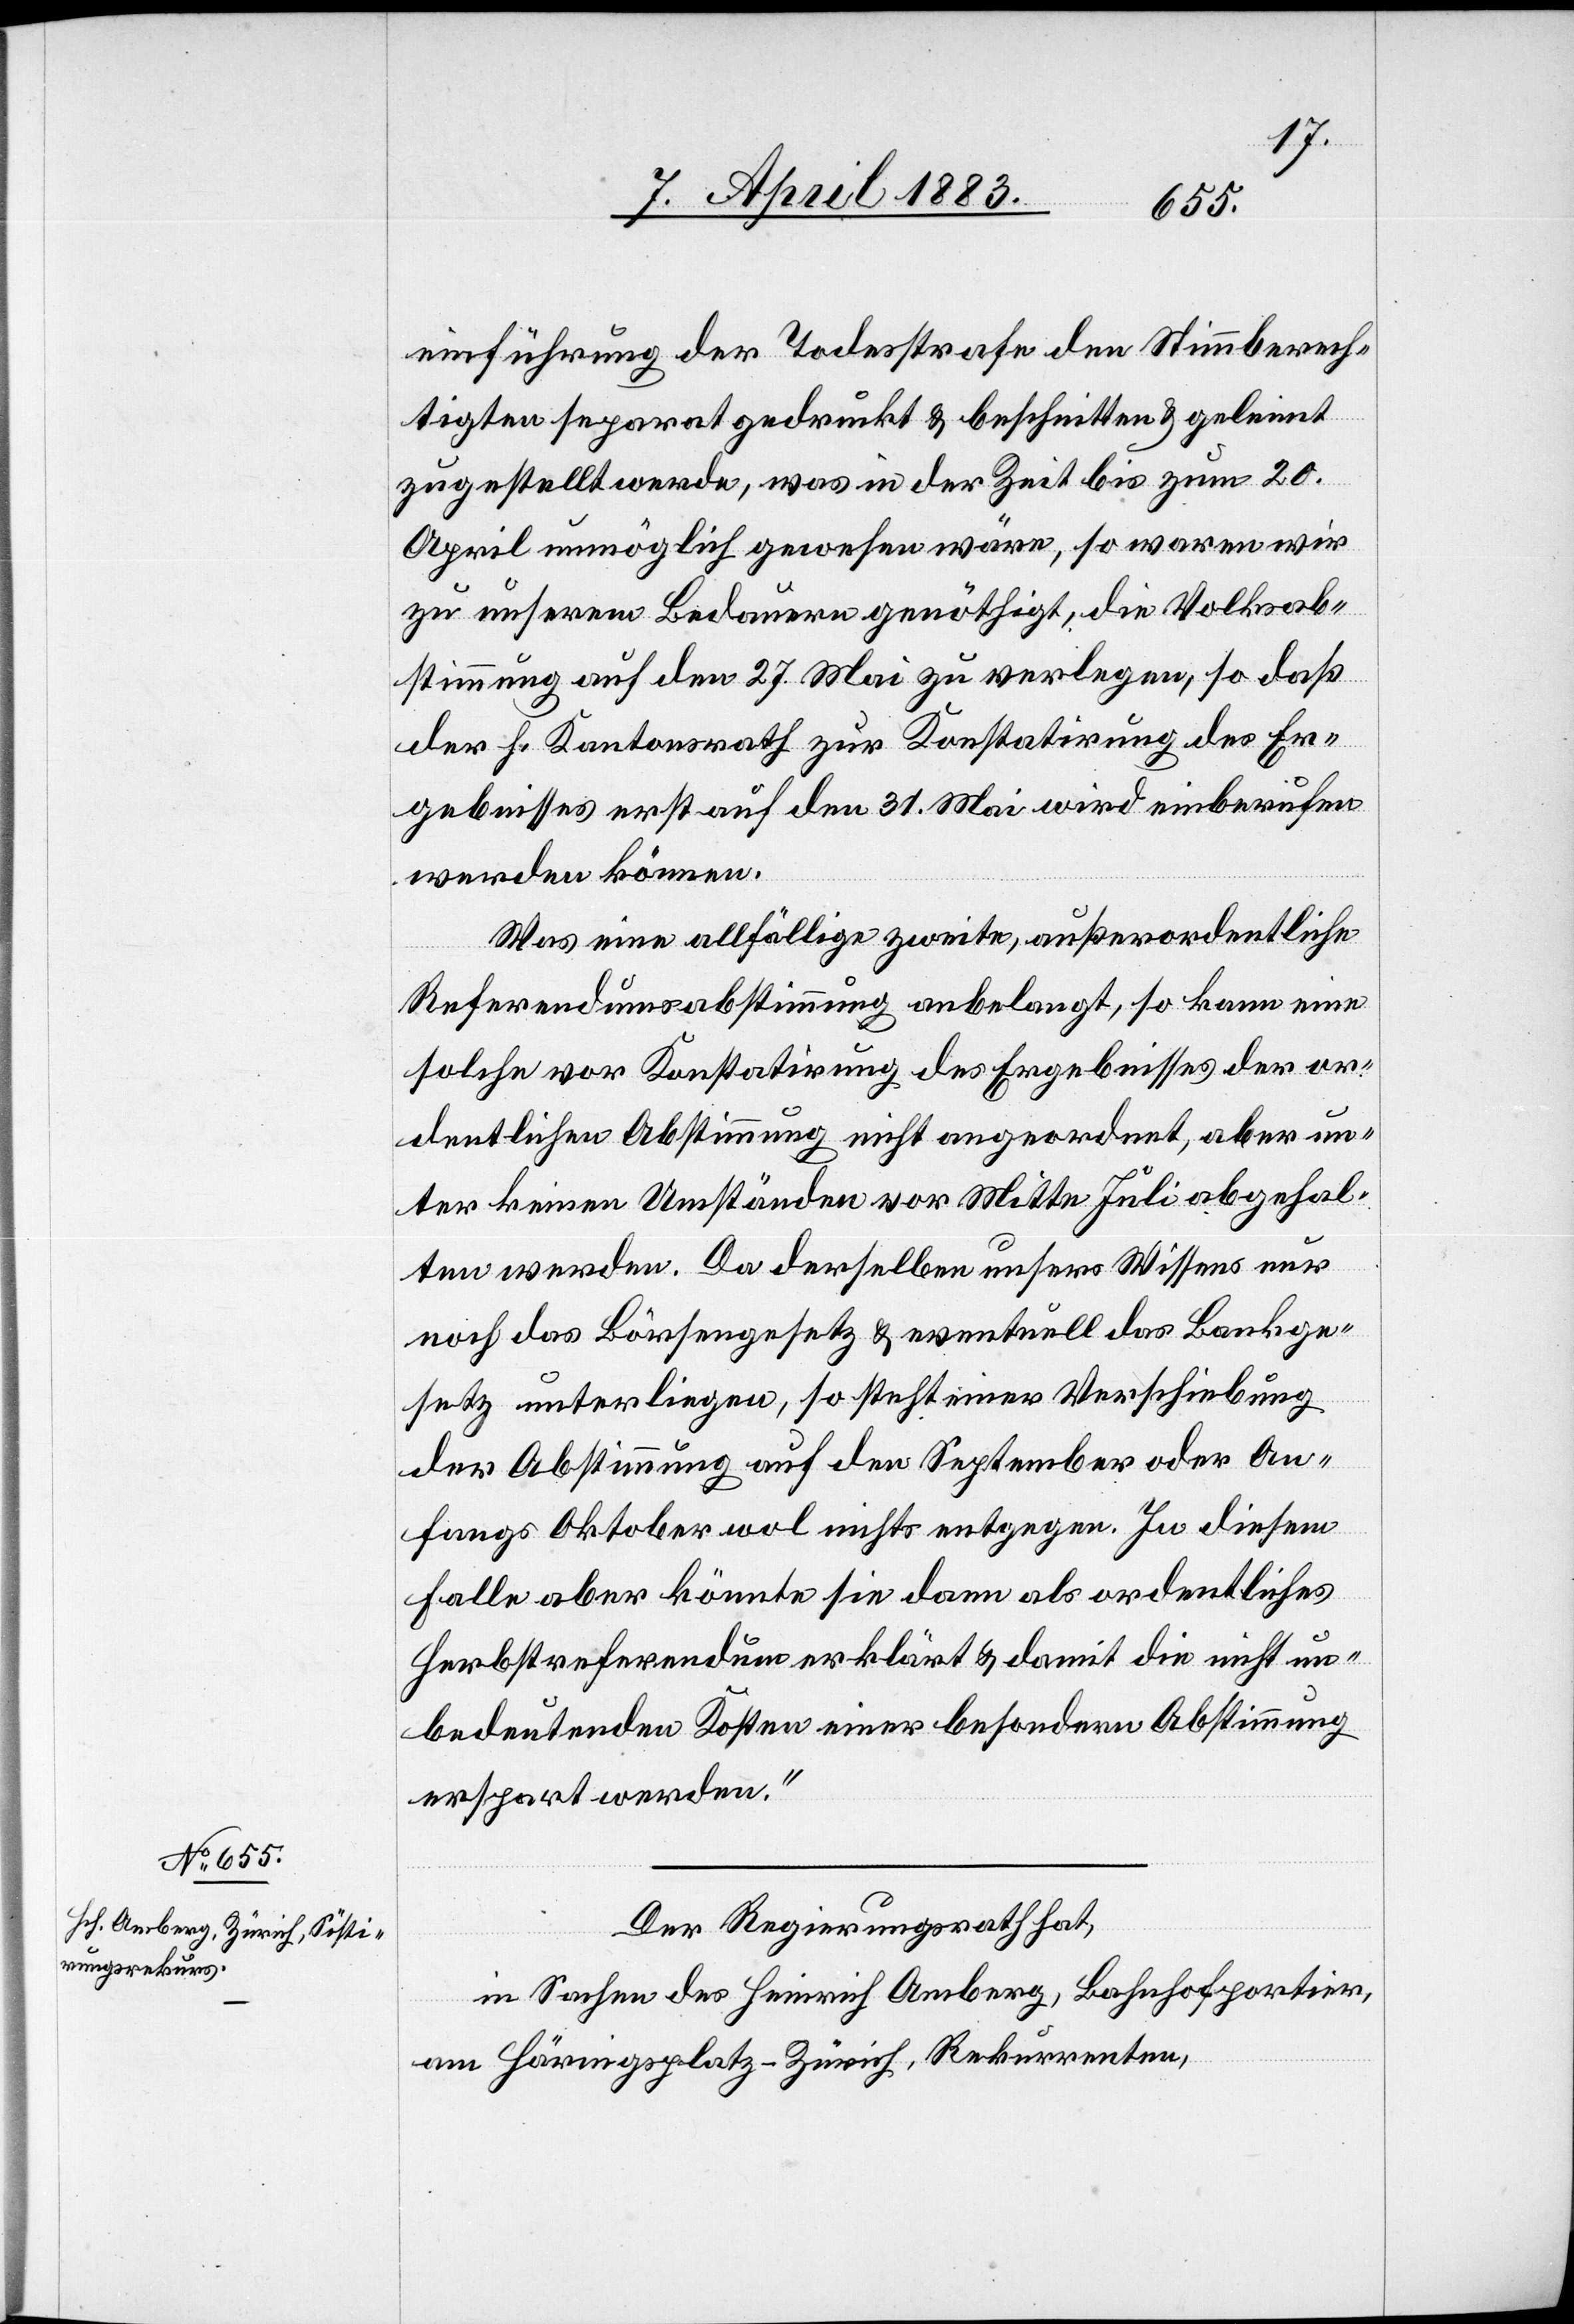
einführung der Todesstrafe den Stimmberech¬
tigten separat gedruckt & beschnitten & geleimt
zugestellt werde, was in der Zeit bis zum 20.
April unmöglich gewesen wäre, so waren wir
zu unserm Bedauern genöthigt, die Volksab¬
stimmung auf den 27. Mai zu verlegen, so daß
der h. Kantonsrath zur Konstatirung des Er¬
gebnisses erst auf den 31. Mai wird einberufen
werden können.
Was eine allfällige zweite, außerordentliche
Referendumsabstimmung anbelangt, so kann eine
solche vor Konstatirung des Ergebnisses der or¬
dentlichen Abstimmung nicht angeordnet, aber un¬
ter keinen Umständen vor Mitte Juli abgehal¬
ten werden. Da derselben unsers Wissens nur
noch das Börsengesetz & eventuell das Bankge¬
setz unterliegen, so steht einer Verschiebung
der Abstimmung auf den September oder An¬
fangs Oktober wol nichts entgegen. In diesem
Falle aber könnte sie dann als ordentliches
Herbstreferendum erklärt & damit die nicht un¬
bedeutenden Kosten einer besondern Abstimmung
erspart werden.“
Der Regierungsrath hat,
in Sachen des Heinrich Amberg, Bahnhofportier,
am Häringsplatz - Zürich, Rekurrenten,